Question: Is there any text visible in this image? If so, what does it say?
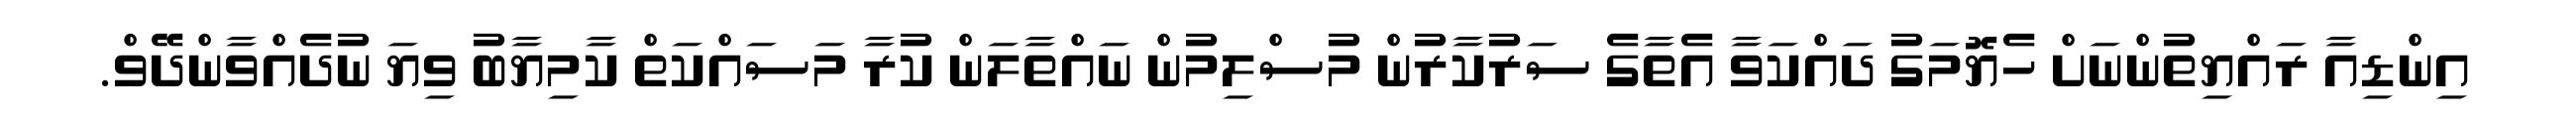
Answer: އިންޑިއާ ރައްޔިތުންނަށް ހެޔޮމަގު ދައްކަވާ އެތާގެ ސަރުކާރުން މުސްލިމުން ނައްތާލަން ކުރާ މަސައްކަތް ކާމިޔާބު ވިޔަ ނުދެއްވާންދޭވް.